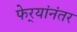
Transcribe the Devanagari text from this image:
फेर्‍यांनंतर